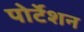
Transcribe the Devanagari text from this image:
पोर्टेशन